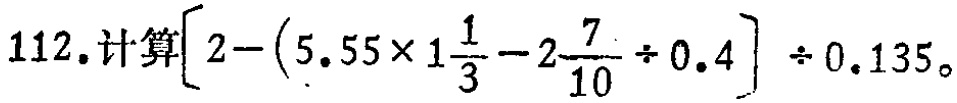
$112. 计算\left[2 - \left(5.55\times1\frac{1}{3} - 2\frac{7}{10}\div0.4\right)\right]\div0.135。$